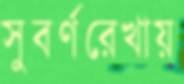
সুবর্ণরেখায়